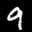
Label: 9